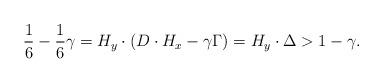
LaTeX: \begin{align*}\frac{1}{6} - \frac{1}{6} \gamma = H_y \cdot (D \cdot H_x - \gamma \Gamma) = H_y \cdot \Delta > 1 - \gamma.\end{align*}